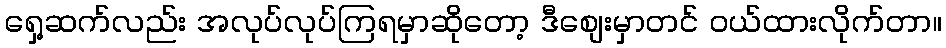
ရှေ့ဆက်လည်း အလုပ်လုပ်ကြရမှာဆိုတော့ ဒီစျေးမှာတင် ဝယ်ထားလိုက်တာ။